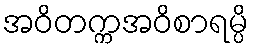
အဝိတက္ကအဝိစာရမ္ပိ